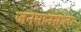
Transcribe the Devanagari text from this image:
जनमानसाला